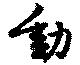
動